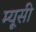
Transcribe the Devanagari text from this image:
म्यूसी